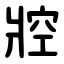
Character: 㸜